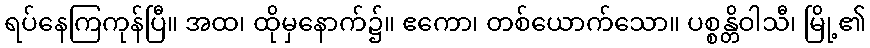
ရပ်နေကြကုန်ပြီ။ အထ၊ ထိုမှနောက်၌။ ဧကော၊ တစ်ယောက်သော။ ပစ္စန္တိဝါသီ၊ မြို့၏